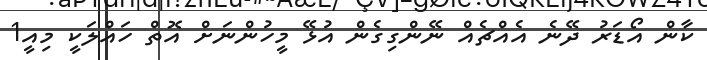
ކާން އޯޑަރު ދޭނެ އެއްޗެއް ނޭންގިގެން އުޅޭ މީހުންނަށް އޮތް ހައްލަކީ މިއީ1